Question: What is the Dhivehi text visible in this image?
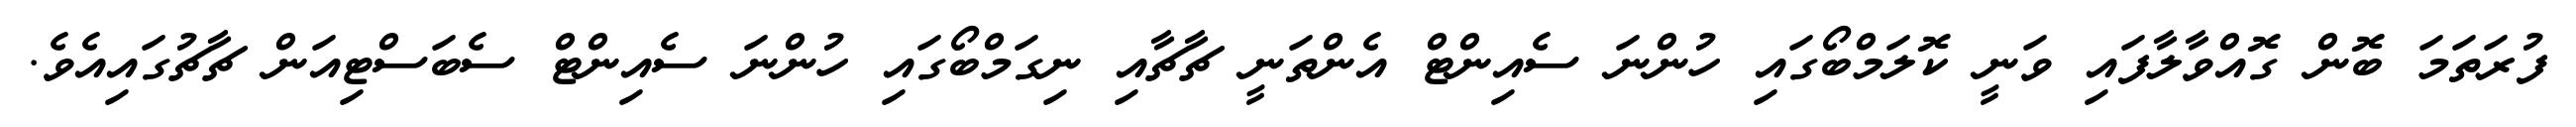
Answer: ފުރަތަމަ ބޮން ގޮއްވާލާފައި ވަނީ ކޮލަމްބޯގައި ހުންނަ ސެއިންޓް އެންތަނީ ޗާޗާއި ނިގަމްބޯގައި ހުންނަ ސެއިންޓް ސެބަސްޓިއަން ޗާޗުގައިއެވެ.